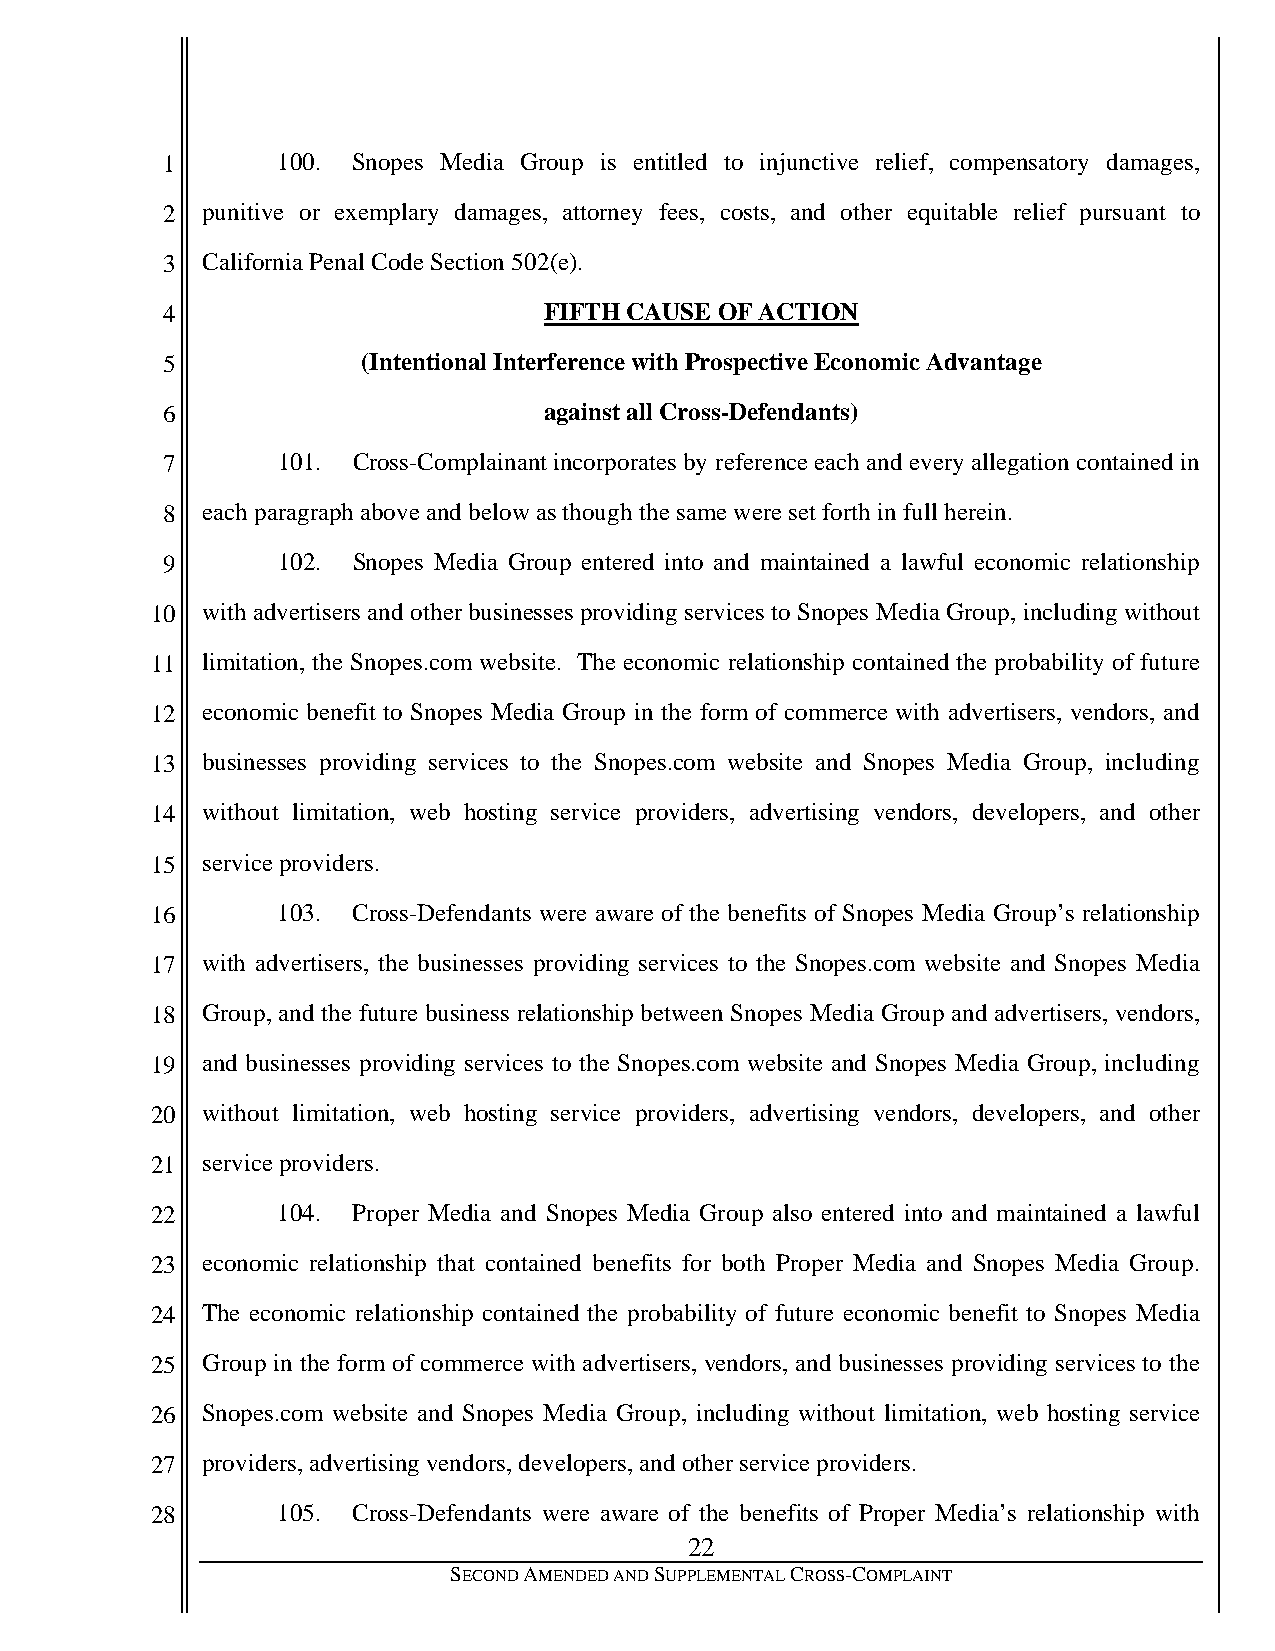
1      100. Snopes Media Group is entitled to injunctive relief, compensatory damages,
 2 punitive or exemplary damages, attorney fees, costs, and other equitable relief pursuant to
 3 California Penal Code Section 502(e).
 4                        FIFTH CAUSE OF ACTION
 5            (Intentional Interference with Prospective Economic Advantage
 6                        against all Cross-Defendants)
 7      101. Cross-Complainant incorporates by reference each and every allegation contained in
 8 each paragraph above and below as though the same were set forth in full herein.
 9      102. Snopes Media Group entered into and maintained a lawful economic relationship
 10 with advertisers and other businesses providing services to Snopes Media Group, including without
 11 limitation, the Snopes.com website. The economic relationship contained the probability of future
 12 economic benefit to Snopes Media Group in the form of commerce with advertisers, vendors, and
 13 businesses providing services to the Snopes.com website and Snopes Media Group, including
 14 without limitation, web hosting service providers, advertising vendors, developers, and other
 15 service providers.
 16      103. Cross-Defendants were aware of the benefits of Snopes Media Group’s relationship
 17 with advertisers, the businesses providing services to the Snopes.com website and Snopes Media
 18 Group, and the future business relationship between Snopes Media Group and advertisers, vendors,
 19 and businesses providing services to the Snopes.com website and Snopes Media Group, including
 20 without limitation, web hosting service providers, advertising vendors, developers, and other
 21 service providers.
 22      104. Proper Media and Snopes Media Group also entered into and maintained a lawful
 23 economic relationship that contained benefits for both Proper Media and Snopes Media Group.
 24 The economic relationship contained the probability of future economic benefit to Snopes Media
 25 Group in the form of commerce with advertisers, vendors, and businesses providing services to the
 26 Snopes.com website and Snopes Media Group, including without limitation, web hosting service
 27 providers, advertising vendors, developers, and other service providers.
 28      105. Cross-Defendants were aware of the benefits of Proper Media’s relationship with
 22
 SECOND AMENDED AND SUPPLEMENTAL CROSS-COMPLAINT